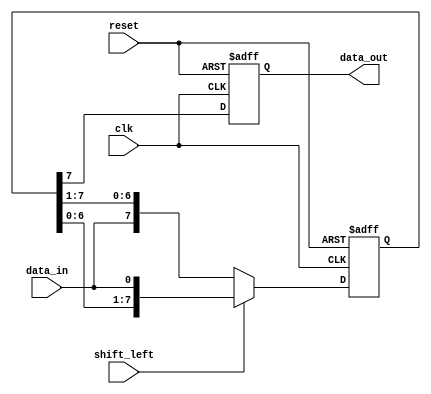
module shift_register (
    input wire clk,
    input wire reset,
    input wire data_in,
    input wire shift_left, // set to 1 to shift left, 0 to shift right
    output reg data_out
);

parameter NUM_STAGES = 8;
reg [NUM_STAGES - 1:0] stages;

always @ (posedge clk or posedge reset) begin
    if (reset) begin
        stages <= 0;
        data_out <= 0;
    end else begin
        if (shift_left) begin
            stages <= {stages[NUM_STAGES - 2:0], data_in};
        end else begin
            stages <= {data_in, stages[NUM_STAGES - 1:1]};
        end
        data_out <= stages[NUM_STAGES - 1];
    end
end

endmodule